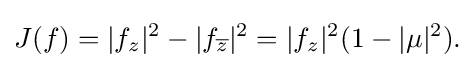
\displaystyle {J(f)=|f_{z}|^{2}-|f_{\overline {z}}|^{2}=|f_{z}|^{2}(1-|\mu |^{2}).}